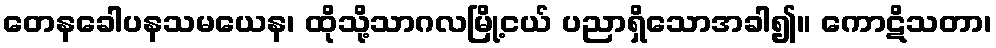
တေနခေါပနသမယေန၊ ထိုသို့သာဂလမြို့ငယ် ပညာရှိသောအခါ၍။ ကောဋိသတာ၊